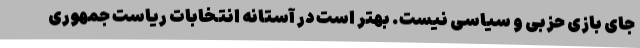
جای بازی حزبی و سیاسی نیست. بهتر است در آستانه انتخابات ریاست جمهوری